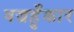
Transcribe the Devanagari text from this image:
वज्रहुँकार